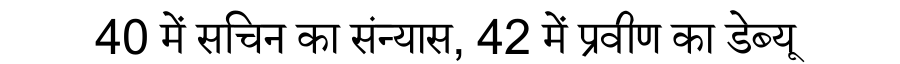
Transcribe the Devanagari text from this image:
40 में सचिन का संन्यास, 42 में प्रवीण का डेब्यू